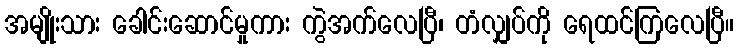
အမျိုးသား ခေါင်းဆောင်မှုကား ကွဲအက်လေပြီ၊ တံလျှပ်ကို ရေထင်ကြလေပြီ။